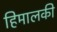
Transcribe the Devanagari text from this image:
हिमालकी